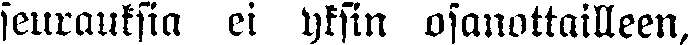
seurauksia ei yksin osanottailleen,